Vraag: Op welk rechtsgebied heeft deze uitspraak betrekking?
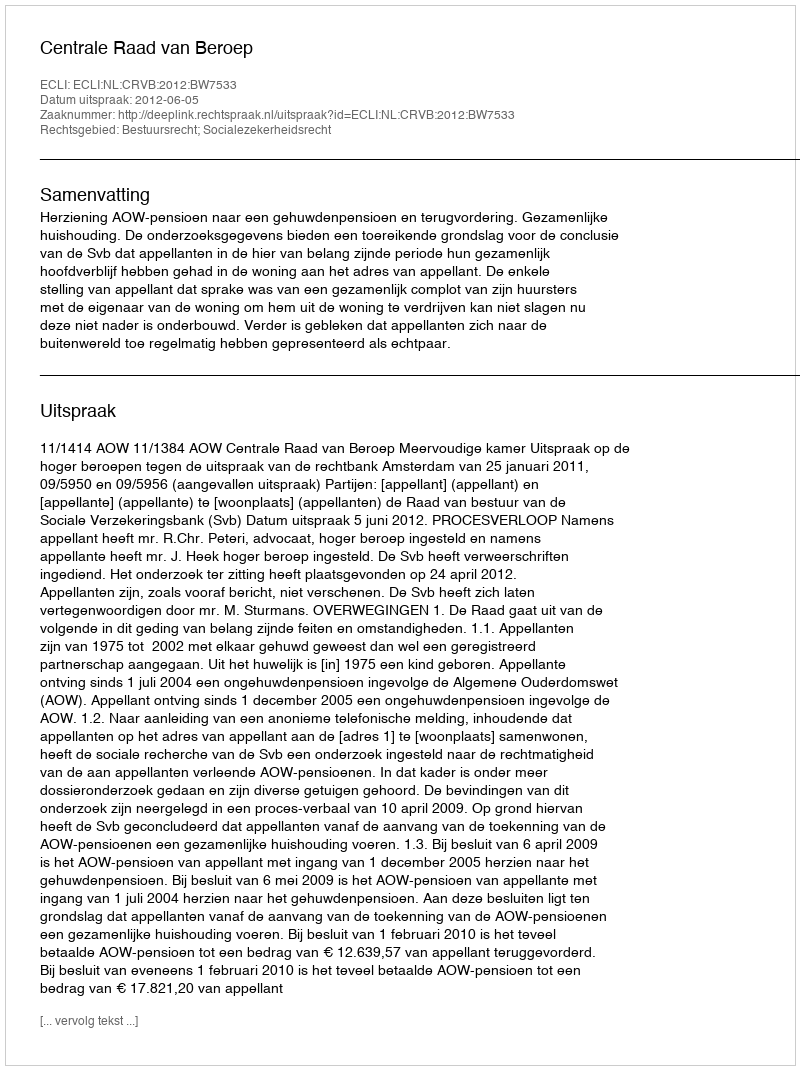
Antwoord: Bestuursrecht; Socialezekerheidsrecht